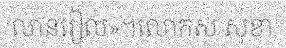
លានរៀល»។លោកស សុខា